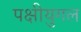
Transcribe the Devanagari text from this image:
पक्षीयुगल